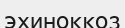
эхиноккоз